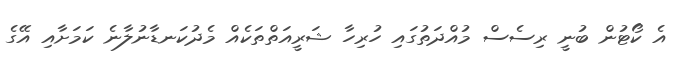
އެ ކޯޓުން ބުނީ ރިސެސް މުއްދަތުގައި ހުރިހާ ޝަރީއަތްތަކެއް މެދުކަނޑާނުލާނެ ކަމަށާއި އޭގެ